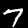
Label: 7